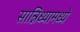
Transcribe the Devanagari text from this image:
सान्निध्यामध्ये